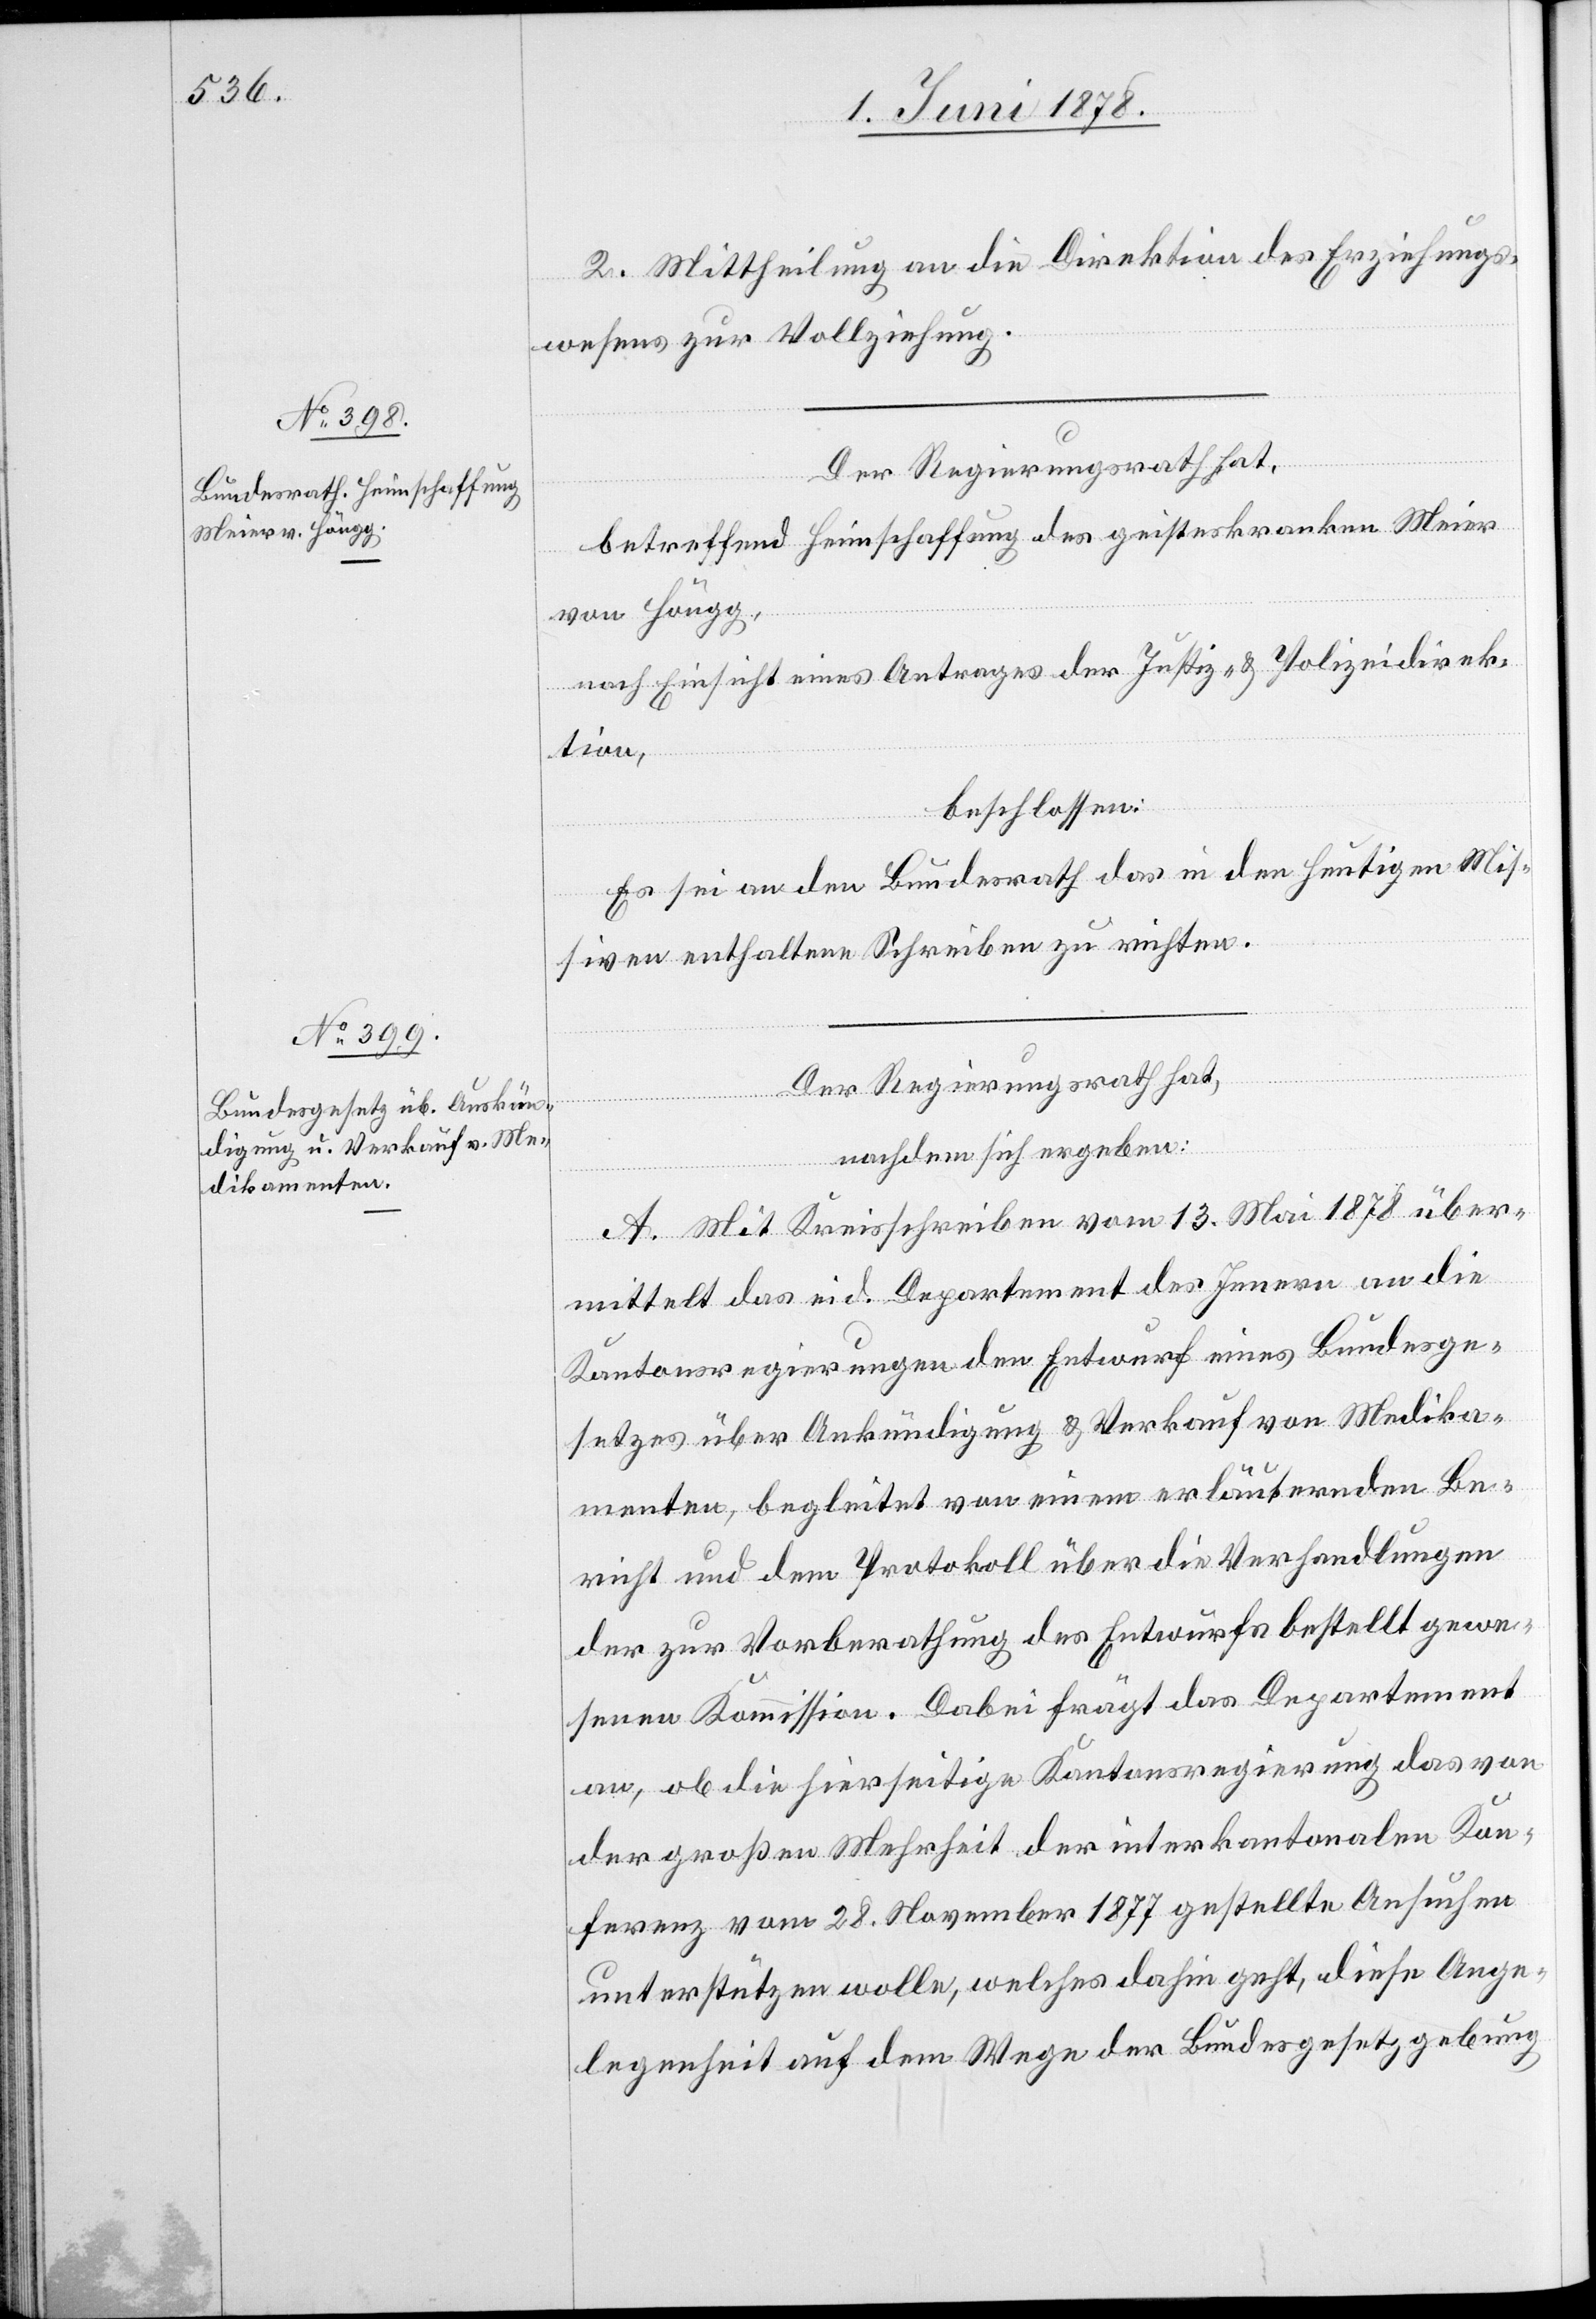
2. Mittheilung an die Direktion des Erziehungs¬
wesens zur Vollziehung.
betreffend Heimschaffung des geisteskranken Meier
von Höngg,
nach Einsicht eines Antrages der Justiz- & Polizeidirek¬
tion,
beschlossen:
Es sei an den Bundesrath das in den heutigen Mis¬
siven enthaltene Schreiben zu richten.
Der Regierungsrath hat,
nachdem sich ergeben:
A. Mit Kreisschreiben vom 13. Mai 1878 über¬
mittelt das eid. Departement des Innern an die
Kantonsregierungen den Entwurf eines Bundesge¬
setzes über Auskündigung & Verkauf von Medika¬
menten, begleitet von einem erläuternden Be¬
richt und dem Protokoll über die Verhandlungen
der zur Vorberathung des Entwurfs bestellt gewe¬
senen Kommission. Dabei frägt das Departement
an, ob die hierseitige Kantonsregierung das von
der großen Mehrheit der interkantonalen Kon¬
ferenz vom 28. November 1877 gestellte Ansuchen
unterstützen wolle, welches dahin geht, diese Ange¬
legenheit auf dem Wege der Bundesgesetzgebung